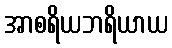
အာစရိယဘရိယာယ